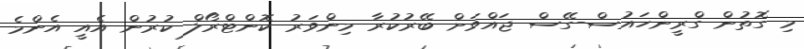
މި ގޮތުން ގްރީންހައުސް-ގޭސް ޖައްވަށް ބޭރުކުރާ މިންވަރު ކޮންޓްރޯލް ކުރުން އެއީ އެންމެ